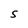
Character: S